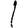
Digit: 1